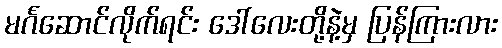
မင်္ဂဆောင်လိုက်ရင်း ဒေါ်လေးတို့နဲ့မှ ပြန်ကြားလား